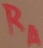
Text: RA